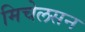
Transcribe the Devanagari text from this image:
मिचेलसन